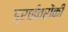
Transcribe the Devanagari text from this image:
ड्राईवरोंकी